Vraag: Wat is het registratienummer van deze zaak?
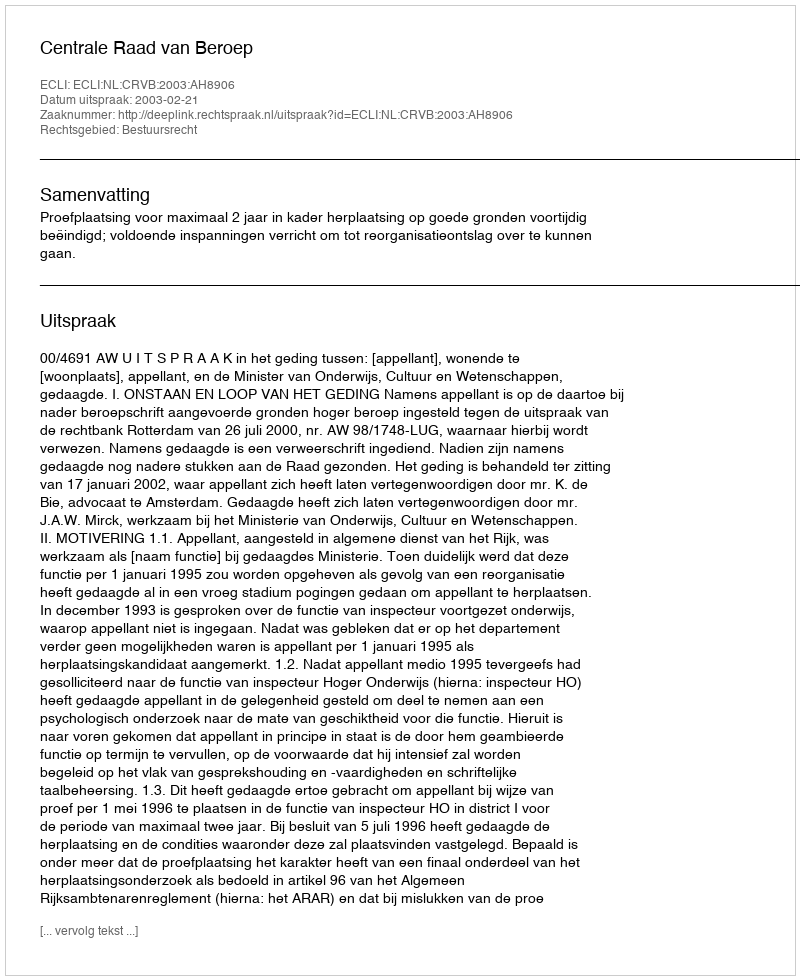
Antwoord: http://deeplink.rechtspraak.nl/uitspraak?id=ECLI:NL:CRVB:2003:AH8906